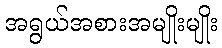
အရွယ်အစားအမျိုးမျိုး